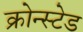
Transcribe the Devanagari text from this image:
क्रोन्स्टेड